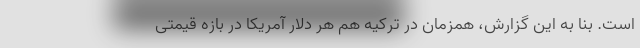
است. بنا به این گزارش، همزمان در ترکیه هم هر دلار آمریکا در بازه قیمتی